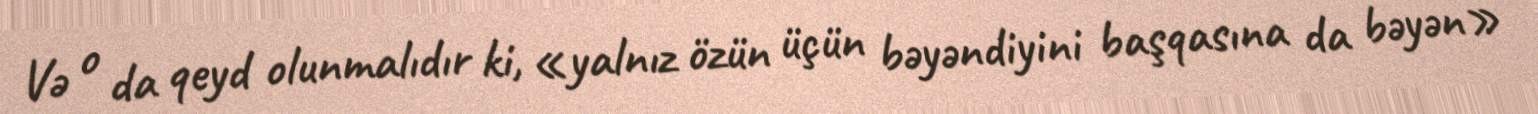
Və o da qeyd olunmalıdır ki, «yalnız özün üçün bəyəndiyini başqasına da bəyən»